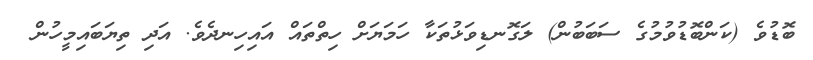
ބޮޑުވެ (ކަންބޮޑުވުމުގެ ސަބަބުން) ލަގޮނޑިވަޅުތަކާ ހަމަޔަށް ހިތްތައް އައިހިނދެވެ. އަދި ތިޔަބައިމީހުން